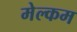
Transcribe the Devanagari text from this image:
मेल्‍कम